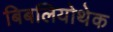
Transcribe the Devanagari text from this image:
बिबलियोथेक